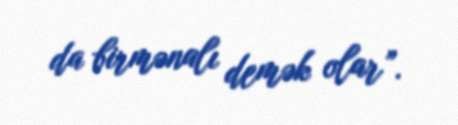
da birmənalı demək olar”.